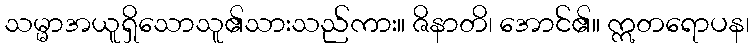
သမ္မာအယူရှိသောသူ၏သားသည်ကား။ ဇိနာတိ၊ အောင်၏။ ဣတရောပန၊